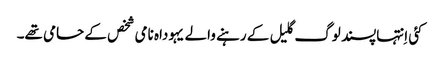
‏ کئی اِنتہاپسند لوگ گلیل کے رہنے والے یہوداہ نامی شخص کے حامی تھے۔